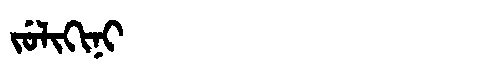
Manchu: ᠵᡠᠯᡳᡴᡳᠨᡳ
Romanization: JULIKINI